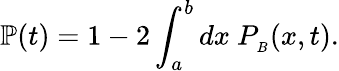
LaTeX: \mathbb{P}(t)=1-2\int_{a}^{b}dx\ P_{_B}(x,t).